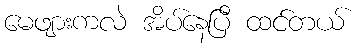
မေဖျားကလဲ အိပ်နေပြီ ထင်တယ်